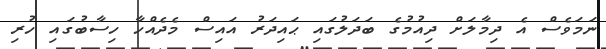
ނަމަވެސް އެ ދިމާލަށް ދިއުމުގެ ބަދަލުގައި ޙައިދަރު އައިސް މެދެއްހާ ހިސާބުގައި ހުރި